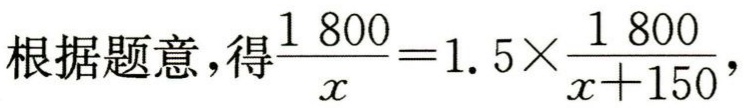
根据题意，得$\frac{1800}{x}=1.5\times\frac{1800}{x + 150}$